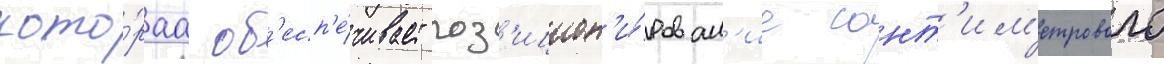
кото́раа об'есп'е́чивает поз'ицион'и́рован'ие сант'им'етрового